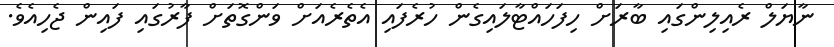
ނާޔަލް ރެއިލިންގައި ބާރަށް ހިފަހައްޓާލައިގެން ހުރެފައި އެތެރެއަށް ވަންގޮތަށް ފާރުގައި ފައިން ޖެހިއެވެ.